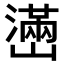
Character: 𤁃